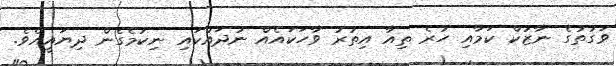
ވަގުތުގެ ނާޒުކް ކަމާއި ހުރެ ތިއާ އިތުރު ވާހަކައެއް ނުދައްކައި ނިކުމެގެން ދިޔައީއެވެ.